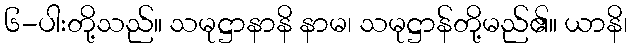
၆-ပါးတို့သည်။ သမုဋ္ဌာနာနိ နာမ၊ သမုဋ္ဌာန်တို့မည်၏။ ယာနိ၊